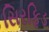
સિરફિડ